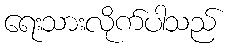
ရေးသားလိုက်ပါသည်